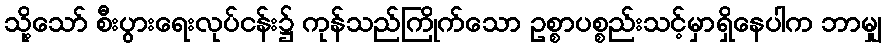
သို့သော် စီးပွားရေးလုပ်ငန်း၌ ကုန်သည်ကြိုက်သော ဥစ္စာပစ္စည်းသင့်မှာရှိနေပါက ဘာမျှ